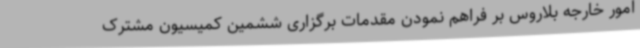
امور خارجه بلاروس بر فراهم نمودن مقدمات برگزاری ششمین کمیسیون مشترک